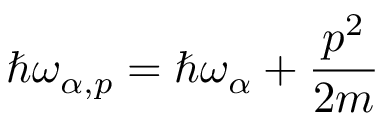
\hbar \omega _ { \alpha , p } = \hbar \omega _ { \alpha } + \frac { p ^ { 2 } } { 2 m }